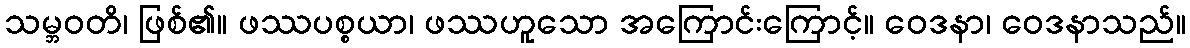
သမ္ဘဝတိ၊ ဖြစ်၏။ ဖဿပစ္စယာ၊ ဖဿဟူသော အကြောင်းကြောင့်။ ဝေဒနာ၊ ဝေဒနာသည်။